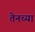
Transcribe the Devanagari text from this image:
तेनच्या